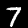
Label: 7